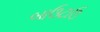
બાઉટાઉ